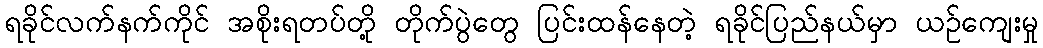
ရခိုင်လက်နက်ကိုင် အစိုးရတပ်တို့ တိုက်ပွဲတွေ ပြင်းထန်နေတဲ့ ရခိုင်ပြည်နယ်မှာ ယဉ်ကျေးမှု